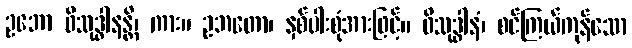
ဥဘော ဝိသုဒ္ဓါနန္တိ၊ ကား။ ဥဘတော၊ နှစ်ပါးစုံအားဖြင့်။ ဝိသုဒ္ဓါနံ၊ စင်ကြယ်ကုန်သော